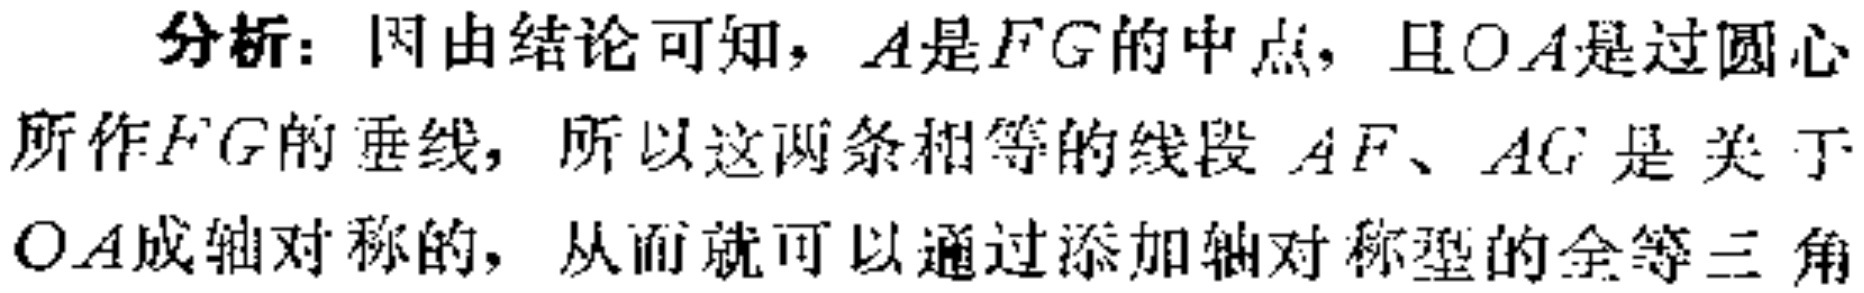
分析：因由结论可知，\(A\)是\(FG\)的中点，且\(OA\)是过圆心所作\(FG\)的垂线，所以这两条相等的线段 \(AF\)、\(AG\) 是关于 \(OA\)成轴对称的，从而就可以通过添加轴对称型的全等三角